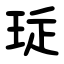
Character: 㻄